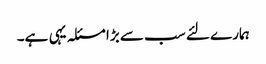
ہمارے لئے سب سے بڑا مسئلہ یہی ہے۔